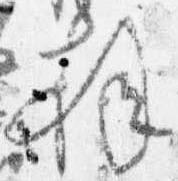
拝